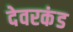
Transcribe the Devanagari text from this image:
देवरकंंड